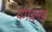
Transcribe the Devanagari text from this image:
यंगब्लड